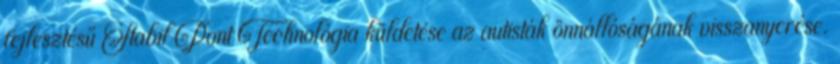
fejlesztésű Stabil Pont Technológia küldetése az autisták önnállóságának visszanyerése.